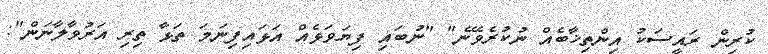
ކުރިން ރައީސަކު އިންތިޚާބެއް ނުކުރެވޭނެ" "ނުބައި ފިޔަވަޅެއް އަޅައިފިނަމަ ތަޅާ ތިރި އަރުވާލާނަން":